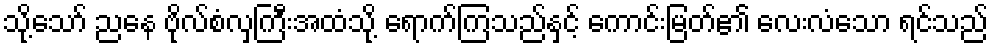
သို့သော် ညနေ ဗိုလ်စံလှကြီးအထံသို့ ရောက်ကြသည်နှင့် ကောင်းမြတ်၏ လေးလံသော ရင်သည်